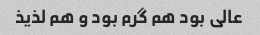
عالی بود هم گرم بود و هم لذیذ